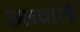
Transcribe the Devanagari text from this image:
छतवाले